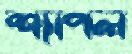
শ্যাপল